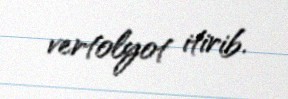
vertolyot itirib.